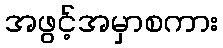
အဖွင့်အမှာစကား